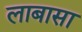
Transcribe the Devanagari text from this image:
लाबासा